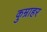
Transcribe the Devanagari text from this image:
कुम्राहर